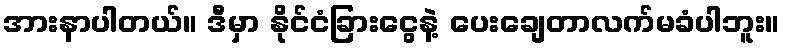
အားနာပါတယ်။ ဒီမှာ နိုင်ငံခြားငွေနဲ့ ပေးချေတာလက်မခံပါဘူး။